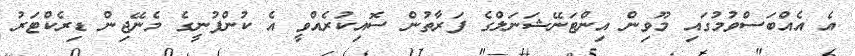
އެ އެއްބަސްވުމުގައި މޫވިން އިންޓަނޭޝަނަލްގެ ފަރާތުން ސޮއިކުރެއްވީ އެ ކުންފުނީގެ މެނޭޖިން ޑިރެކްޓަރު